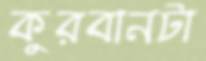
কুরবানটা